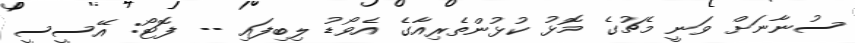
ސުނާނަށް ވަނީ މެޗުގެ މޮޅު ކުޅުންތެރިއާގެ އެވޯޑު ލިބިފައި -- ފޮޓޯ: އޭސީސީ